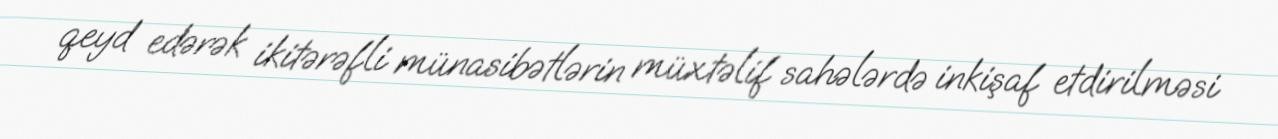
qeyd edərək ikitərəfli münasibətlərin müxtəlif sahələrdə inkişaf etdirilməsi